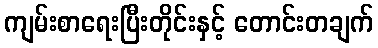
ကျမ်းစာရေးပြီးတိုင်းနှင့် တောင်းတချက်